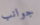
جوانب